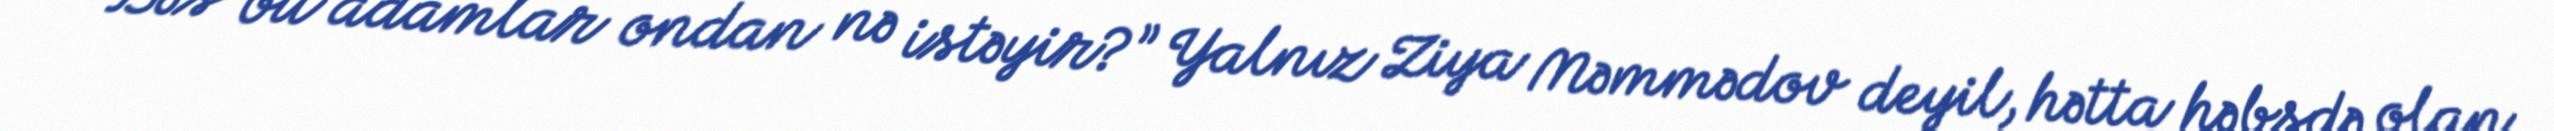
Bəs bu adamlar ondan nə istəyir?” Yalnız Ziya Məmmədov deyil, hətta həbsdə olan